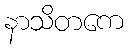
နာသိတကေ